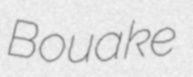
Bouake